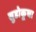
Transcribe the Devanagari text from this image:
सुडोकूचा